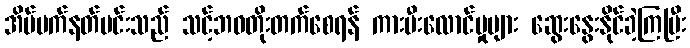
အိပ်မက်နတ်မင်းသည် သင့်ဘဝတိုးတက်စေရန် ကားမီးလောင်မှုများ ဆွေးနွေးနိုင်ခဲ့ကြပြီး